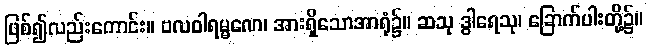
ဖြစ်၍လည်းကောင်း။ ဗလဝါရမ္မဏေ၊ အားရှိသောအာရုံ၌။ ဆသု ဒွါရေသု၊ ခြောက်ပါးတို့၌။